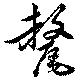
氂